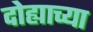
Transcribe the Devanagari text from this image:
दोह्याच्या